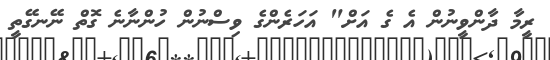
ރީމާ ދާންވީނުން އެ ގެ އަށް" އަހަރެންގެ ވިސްނުން ހުންނާނެ ގޮތް ނޭނގޭތީ